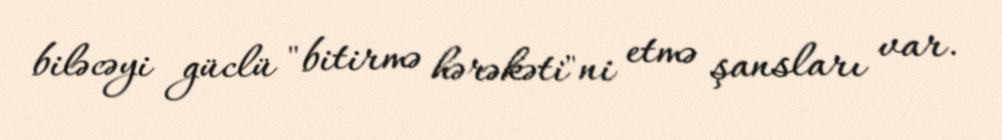
biləcəyi güclü "bitirmə hərəkəti"ni etmə şansları var.